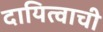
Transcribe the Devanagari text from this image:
दायित्वाची